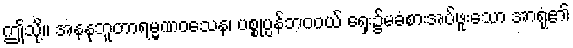
ဤသို့။ အနနုဘူတာရမ္မဏဝသေန၊ ပစ္စုပ္ပန်ဘဝဝယ် ရှေး၌မခံစားအပ်ဖူးသော အာရုံ၏